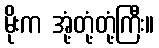
မိုးက အုံ့တုံ့တုံ့ကြီး။